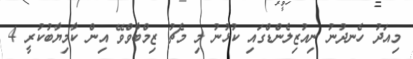
މިއަދު ހެނދުނު ނިއުޒިލެންޑްގައި ކުޅުނު މި މެޗު ޒިމްބާވްވޭ އިން ކާމިޔާބުކުރީ 4